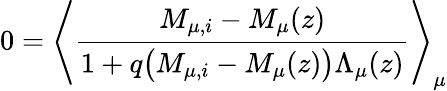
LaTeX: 0=\left\langle\frac{M_{\mu,i}-M_{\mu}(z)}{1+q\big(M_{\mu,i}-M_{\mu}(z)\big)\Lambda_{\mu}(z)}\right\rangle_{\mu}